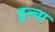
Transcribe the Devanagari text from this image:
हुल्वा